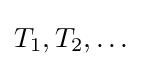
T_{1},T_{2},\dots